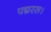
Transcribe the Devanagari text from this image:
पद्मरस।